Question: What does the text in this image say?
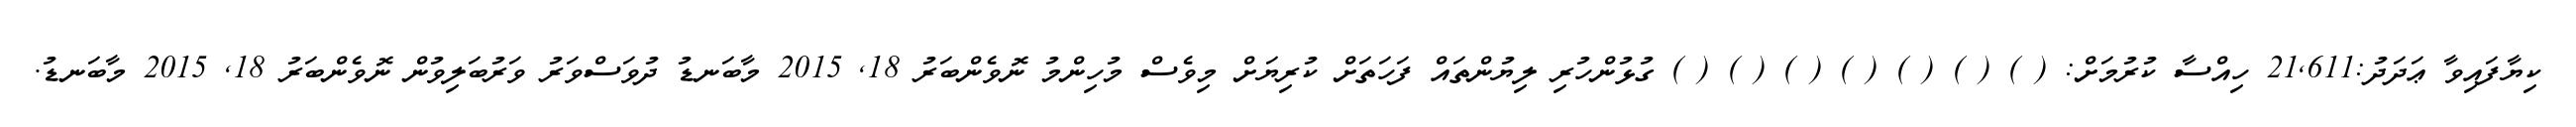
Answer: ކިޔާފައިވާ ޢަދަދު:21,611 ހިއްސާ ކުރުމަށް: ( ) ( ) ( ) ( ) ( ) ( ) ( ) ގުޅުންހުރި ލިޔުންތައް ފަހަތަށް ކުރިޔަށް މިވެސް މުހިންމު ނޮވެންބަރު 18, 2015 މާބަނޑު ދުވަސްވަރު ވަރުބަލިވުން ނޮވެންބަރު 18, 2015 މާބަނޑު.